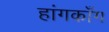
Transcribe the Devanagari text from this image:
हांगकाँग